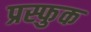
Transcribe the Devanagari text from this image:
प्रस्फुक